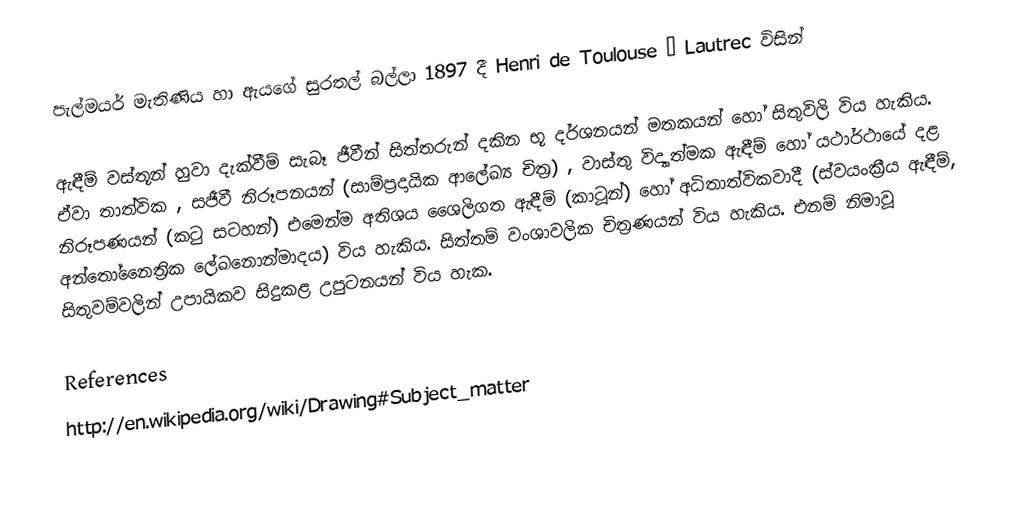
පැල්මයර් මැතිණිය හා ඇයගේ සුරතල් බල්ලා 1897 දී Henri de Toulouse – Lautrec විසින්

ඇඳීම් වස්තූන් හුවා දැක්වීම් සැබෑ ජීවීන් සිත්තරුන් දකින භූ දර්ශනයන් මතකයන් හෝ සිතුවිලි විය හැකිය. ඒවා තාත්වික , සජීවී නිරූපනයන් (සාම්ප්‍රදායික ආලේඛ්‍ය චිත්‍ර) , වාස්තු විද්‍යාත්මක ඇඳීම් හෝ යථාර්ථායේ දළ නිරූපණයන් (කටු සටහන්) එමෙන්ම අතිශය ශෛලිගත ඇඳීම් (කාටූන්) හෝ අධිතාත්විකවාදී (ස්වයංක්‍රීය ඇඳීම්, අන්තෝනෛත්‍රික ලේ‍ඛනොන්මාදය) විය හැකිය. සිත්තම් වංශාවලික චිත්‍රණයන් විය හැකිය. එනම් නිමාවූ සිතුවම්වලින් උපායිකව සිදුකළ උපුටනයන් විය හැක.

References
http://en.wikipedia.org/wiki/Drawing#Subject_matter